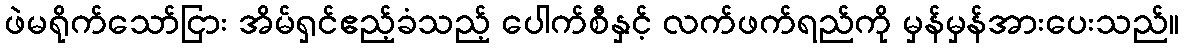
ဖဲမရိုက်သော်ငြား အိမ်ရှင်ဧည့်ခံသည့် ပေါက်စီနှင့် လက်ဖက်ရည်ကို မှန်မှန်အားပေးသည်။